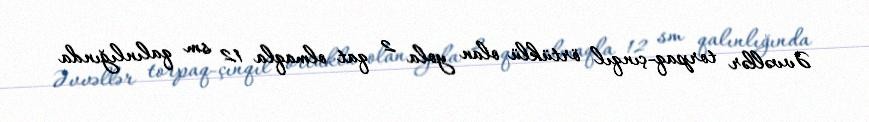
Əvvəllər torpaq-çınqıl örtüklü olan yola 2 qat olmaqla 12 sm qalınlığında